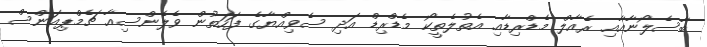
ބާސެލޯނާއާއި ރެއާލް މެޑްރިޑާއި އެތުލެތީކޯ މެޑްރިޑް އަދި ސެވިއްޔާގެ ފަހަތުން ވެލެންސިއާ ޗެމްޕިއަންސް